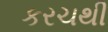
કરચથી